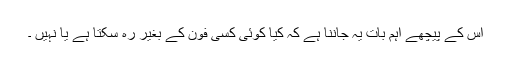
اس کے پیچھے اہم بات یہ جاننا ہے کہ کیا کوئی کسی فون کے بغیر رہ سکتا ہے یا نہیں ۔